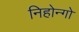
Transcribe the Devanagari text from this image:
निहोन्गो